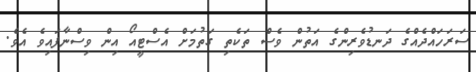
ސަރަހައްދެއްގެ ދަނޑުވެރިންގެ އަތުން ވެސް ތަކެތި ގަތުމަށް އެސްޓީއޯ އިން ވިސްނާފައިވެ އެވެ.